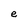
Character: e